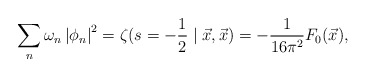
\begin{align*}\sum_{n}\omega _{n}\left| \phi _{n}\right| ^{2}=\zeta(s=-\frac{1}{2}\mid \vec{x},\vec{x})=-\frac{1}{16\pi ^{2}}F_{0}(\vec{x}), \end{align*}